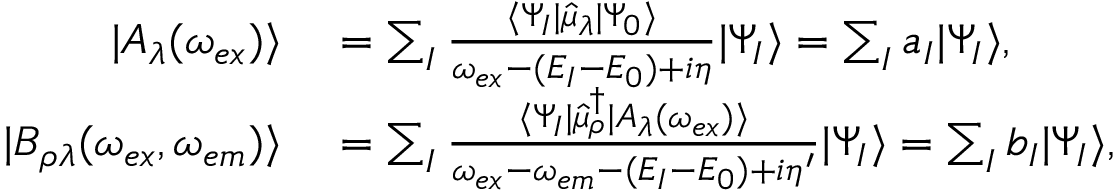
\begin{array} { r l } { | A _ { \lambda } ( \omega _ { e x } ) \rangle } & { { } = \sum _ { I } \frac { \langle \Psi _ { I } | \hat { \mu } _ { \lambda } | \Psi _ { 0 } \rangle } { \omega _ { e x } - ( E _ { I } - E _ { 0 } ) + i \eta } | \Psi _ { I } \rangle = \sum _ { I } a _ { I } | \Psi _ { I } \rangle , } \\ { | B _ { \rho \lambda } ( \omega _ { e x } , \omega _ { e m } ) \rangle } & { { } = \sum _ { I } \frac { \langle \Psi _ { I } | \hat { \mu } _ { \rho } ^ { \dagger } | A _ { \lambda } ( \omega _ { e x } ) \rangle } { \omega _ { e x } - \omega _ { e m } - ( E _ { I } - E _ { 0 } ) + i \eta ^ { \prime } } | \Psi _ { I } \rangle = \sum _ { I } b _ { I } | \Psi _ { I } \rangle , } \end{array}